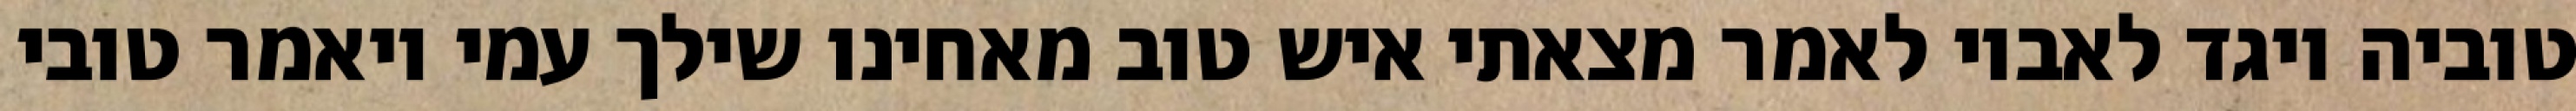
טוביה ויגד לאביו לאמר מצאתי איש טוב מאחינו שילך עמי ויאמר טובי